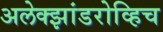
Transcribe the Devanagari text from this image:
अलेक्झांडरोव्हिच